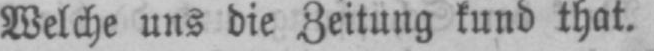
Welche uns die Zeitung kund that.